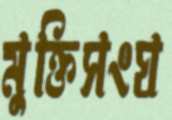
মুক্তিসংঘ